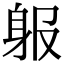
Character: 𨈞